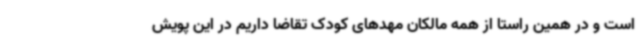
است و در همین راستا از همه مالکان مهدهای کودک تقاضا داریم در این پویش